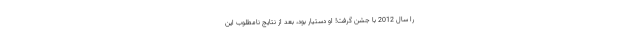
را سال 2012 با جشن گرفت! او دستیار بود، بعد از نتایج نامطلوب این